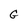
Character: G